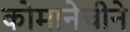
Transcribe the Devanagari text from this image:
कोमानेचीने